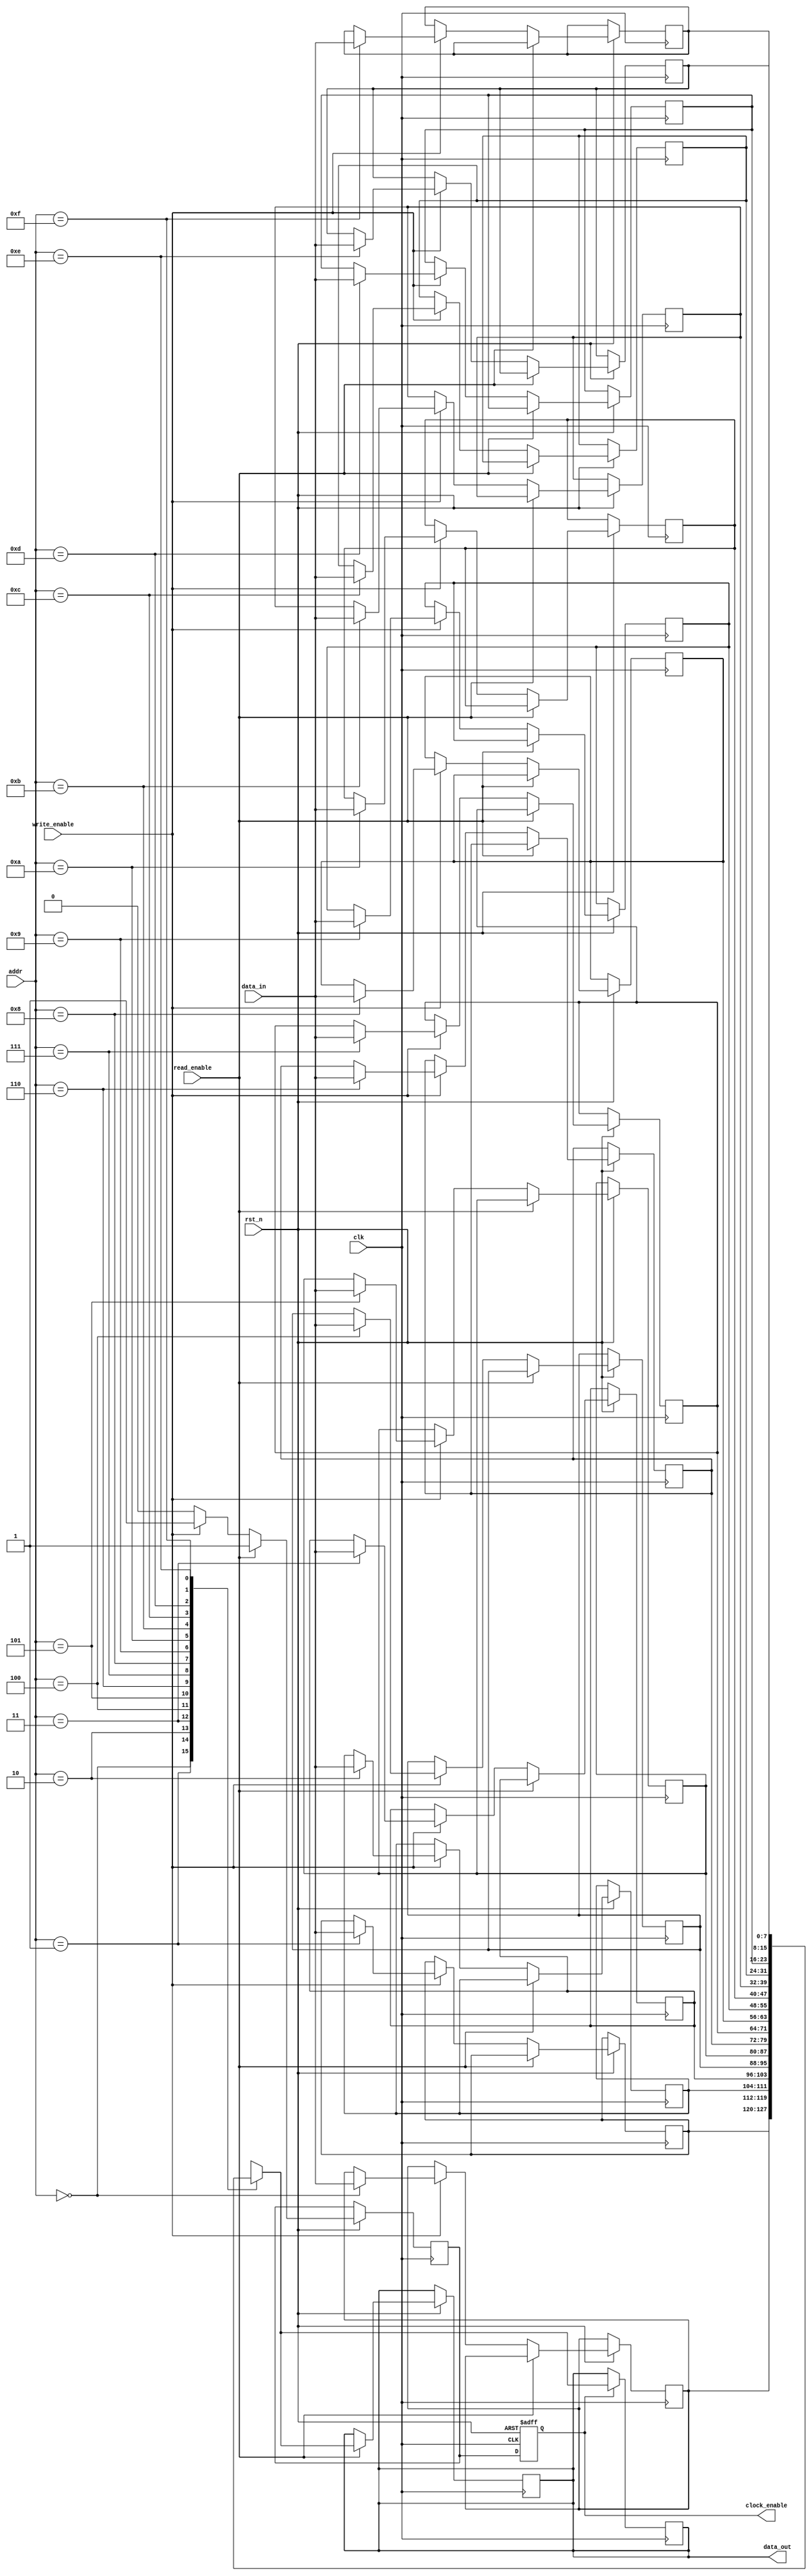
module output_dependent_clock_gating_memory #(
    parameter DATA_WIDTH = 8,
    parameter ADDR_WIDTH = 4,
    parameter MEMORY_SIZE = 1 << ADDR_WIDTH
)(
    input wire clk,               // Global clock
    input wire rst_n,             // Active low reset
    input wire [ADDR_WIDTH-1:0] addr, // Address input
    input wire [DATA_WIDTH-1:0] data_in, // Data input
    input wire write_enable,      // Write enable signal
    input wire read_enable,       // Read enable signal
    output reg [DATA_WIDTH-1:0] data_out, // Data output
    output reg clock_enable       // Clock enable signal
);

    // Memory array
    reg [DATA_WIDTH-1:0] memory [0:MEMORY_SIZE-1];

    // Internal signal to monitor output for validity
    reg valid_data;

    // Clock gating logic
    always @(posedge clk or negedge rst_n) begin
        if (!rst_n) begin
            clock_enable <= 1'b0;
        end else begin
            // Monitor the output to determine if valid data is present
            if (read_enable) begin
                valid_data <= 1'b1; // Data is read, set valid
                data_out <= memory[addr]; // Read operation
            end else if (write_enable) begin
                valid_data <= 1'b1; // Data is written, set valid
                memory[addr] <= data_in; // Write operation
            end else begin
                // No read or write
                valid_data <= 1'b0; // Clear valid
            end

            // Clock gating control
            clock_enable <= valid_data;
        end
    end

    // Additional logic to ensure stable clock enable
    always @(posedge clk) begin
        if (clock_enable) begin
            // Output the read data
            data_out <= memory[addr];
        end else begin
            // In case of clock not enabled, hold previous state
            data_out <= data_out;
        end
    end

endmodule